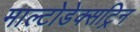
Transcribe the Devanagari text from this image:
माल्टोडेक्सट्रिन